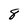
Character: 8